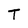
Character: T